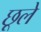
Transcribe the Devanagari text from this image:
छूले